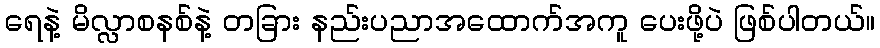
ရေနဲ့ မိလ္လာစနစ်နဲ့ တခြား နည်းပညာအထောက်အကူ ပေးဖို့ပဲ ဖြစ်ပါတယ်။